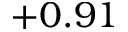
+ 0 . 9 1